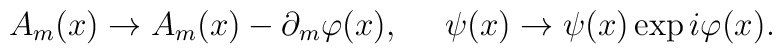
A_{m}(x)\rightarrow{A_{m}(x)-\partial_{m}\varphi(x)}, \hskip16pt  \psi(x)\rightarrow\psi(x)\exp{i\varphi(x)}.